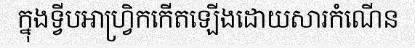
ក្នុងទ្វីបអាហ្វ្រិកកើតឡើងដោយសារកំណើន